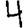
Digit: 4